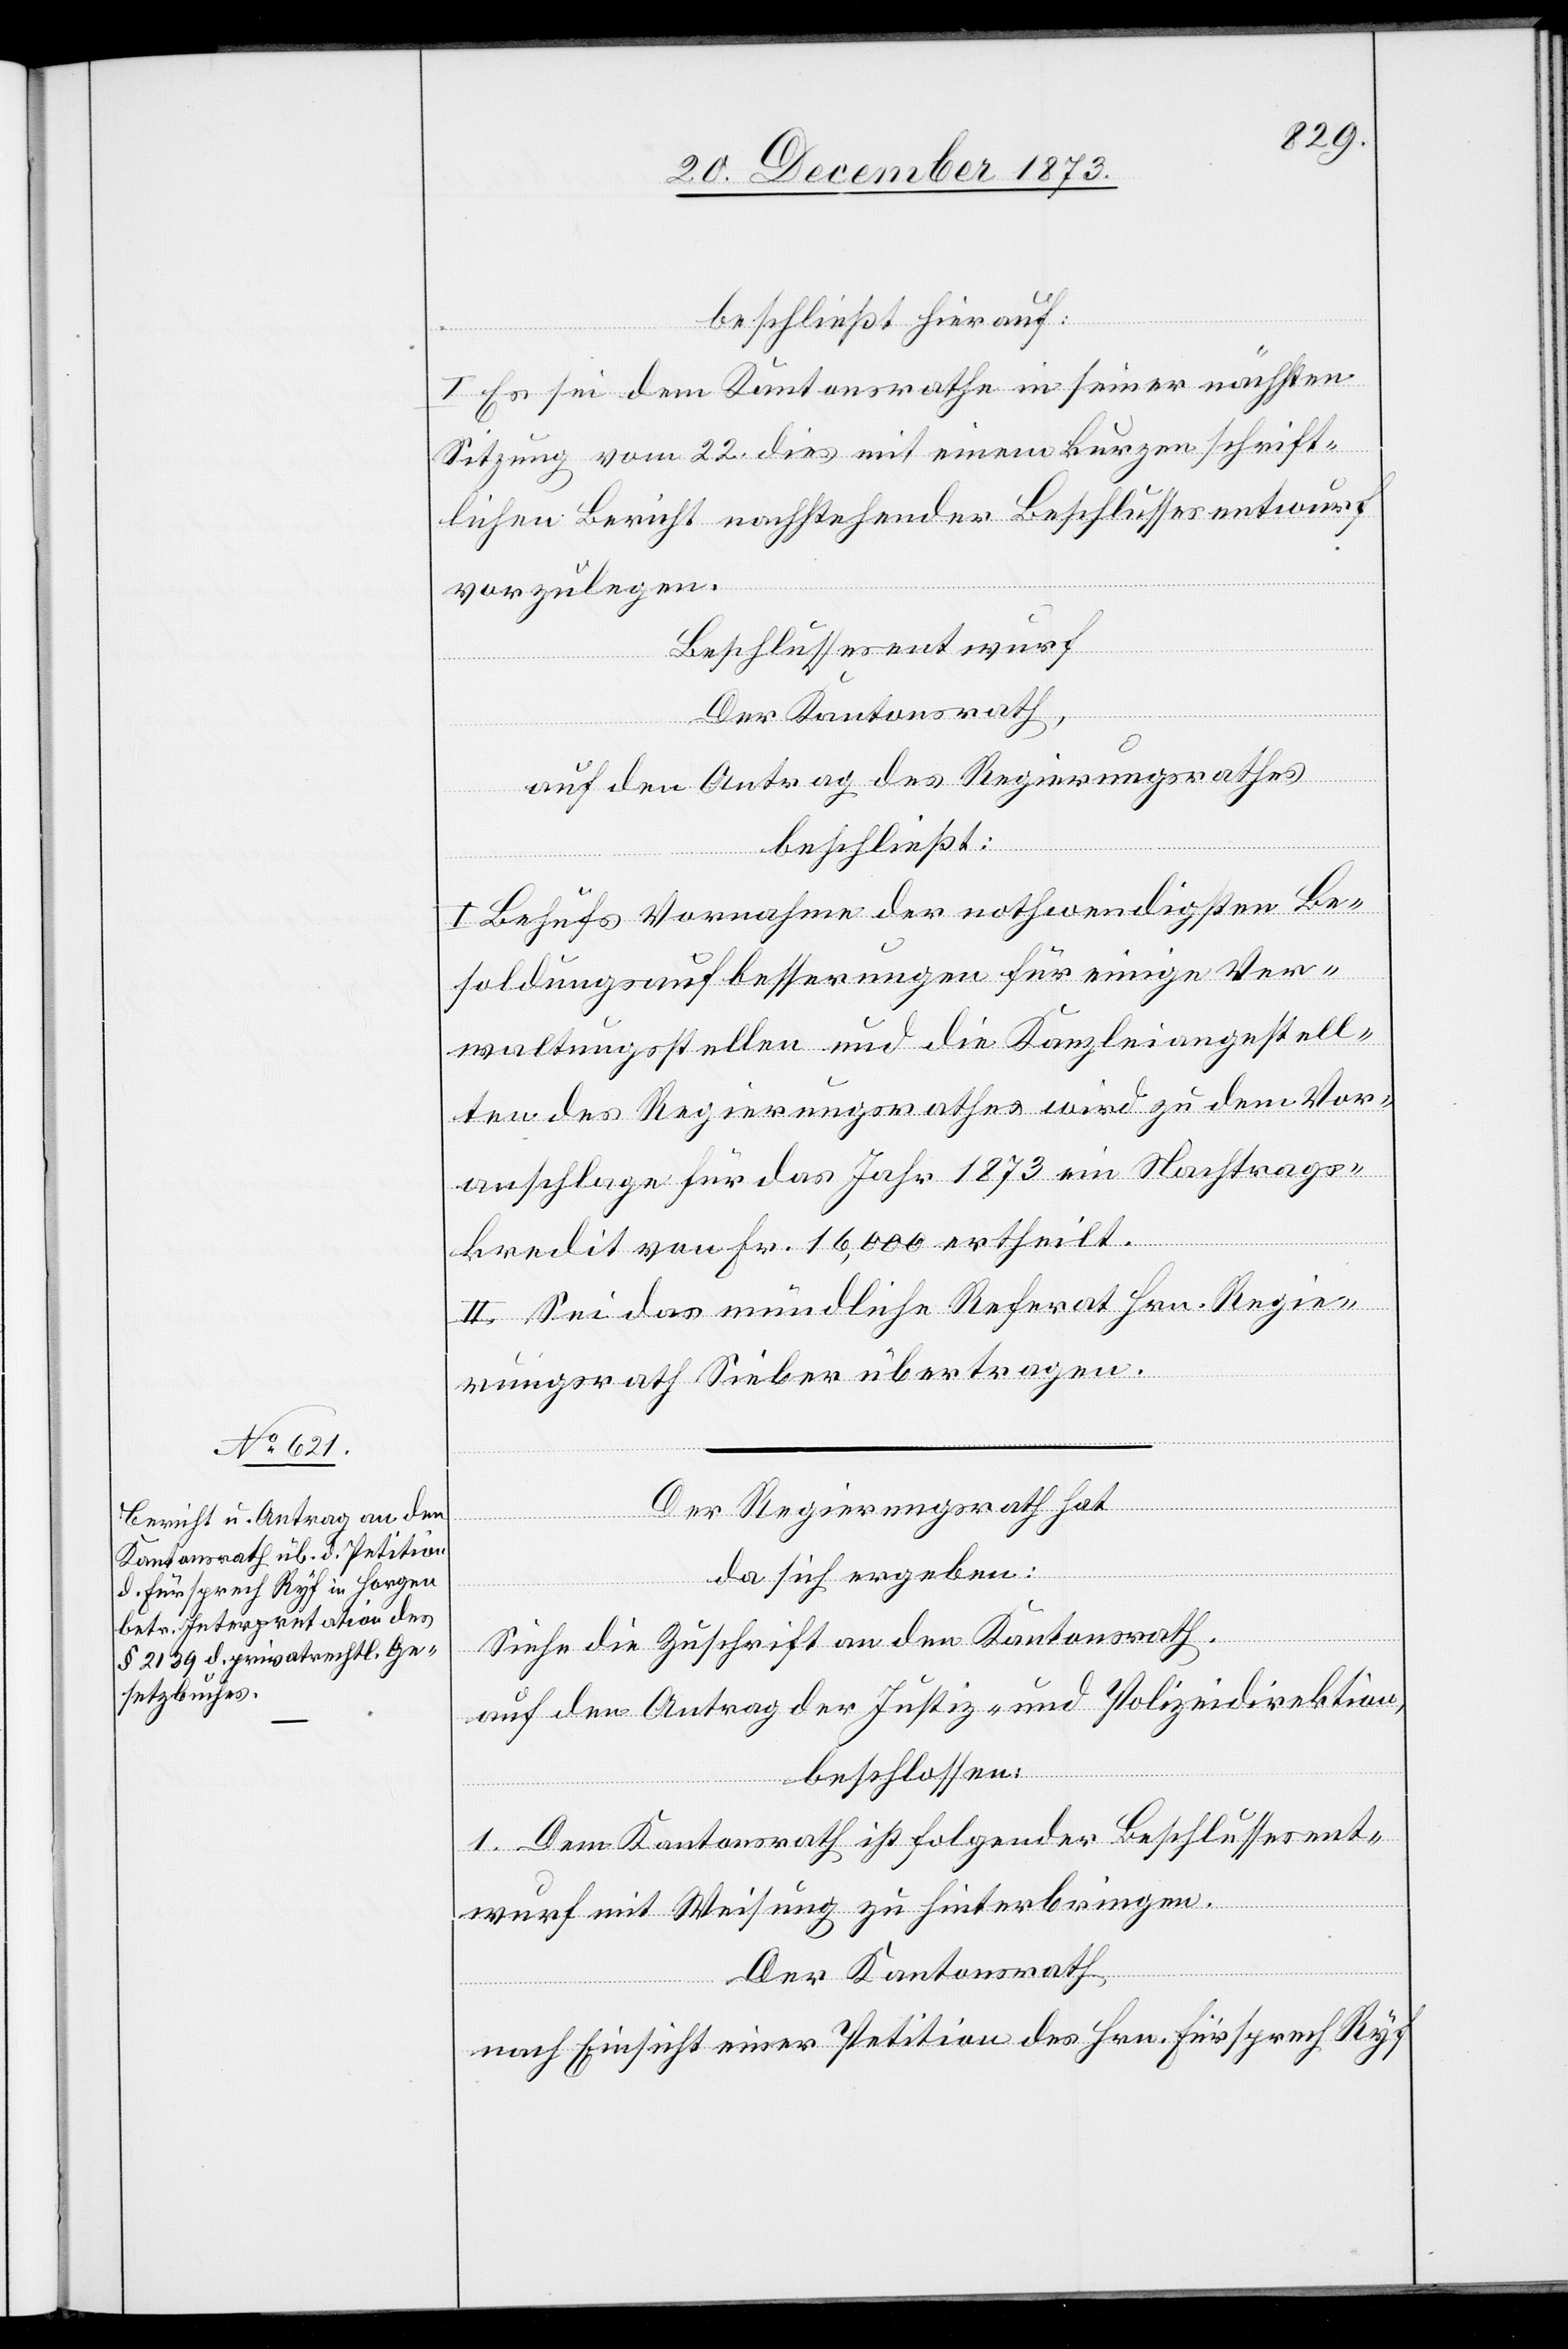
beschließt hierauf:
I. Es sei dem Kantonsrathe in seiner nächsten
Sitzung vom 22. dies mit einem kurzen schrift¬
lichen Bericht nachstehender Beschlussesentwurf
vorzulegen.
Beschlussesentwurf
Der Kantonsrath,
auf den Antrag des Regierungsrathes
beschließt:
I. Behufs Vornahme der nothwendigsten Be¬
soldungsaufbesserungen für einige Ver¬
waltungsstellen und die Kanzleiangestell¬
ten des Regierungsrathes wird zu dem Vor¬
anschlage für das Jahr 1873 ein Nachtrags¬
kredit von Fr. 16,000 ertheilt.
II. Sei das mündliche Referat Hrn. Regie¬
rungsrath Sieber übertragen.
Der Regierungsrath hat
da sich ergeben:
Siehe die Zuschrift an den Kantonsrath.
auf den Antrag der Justiz- und Polizeidirektion,
beschlossen:
1. Dem Kantonsrath ist folgender Beschlussesent¬
wurf mit Weisung zu hinterbringen.
Der Kantonsrath
nach Einsicht einer Petition des Hrn. Fürsprech Ryf